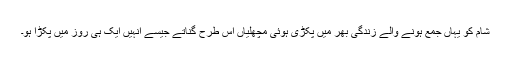
شام کو یہاں جمع ہونے والے زندگی بھر میں پکڑی ہوئی مچھلیاں اس طرح گناتے جیسے انہیں ایک ہی روز میں پکڑا ہو۔